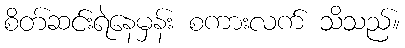
စိတ်ဆင်းရဲနေမှန်း စကားလက် သိသည်။